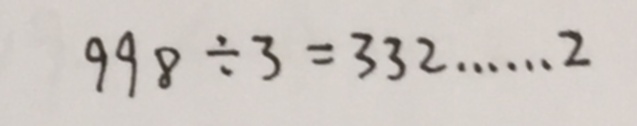
9 9 8 \div 3 = 3 3 2 \dot s \dot s 2